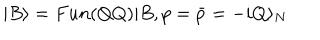
LaTeX: | B \rangle = F u n ( Q Q ) | B , p = \bar { p } = - i Q \rangle _ { N }